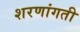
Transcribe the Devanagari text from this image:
शरणांगती